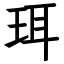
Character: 珥